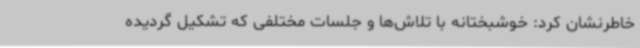
خاطرنشان کرد: خوشبختانه با تلاش‌ها و جلسات مختلفی که تشکیل گردیده